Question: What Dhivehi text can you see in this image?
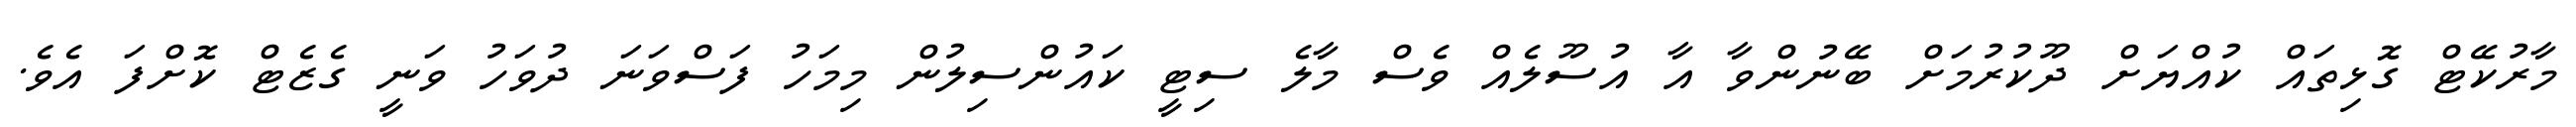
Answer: މާރުކޭޓް ގޮޅިތައް ކުއްޔަށް ދޫކުރުމަށް ބޭނުންވާ އާ އުސޫލެއް ވެސް މާލެ ސިޓީ ކައުންސިލުން މިމަހު ފަސްވަނަ ދުވަހު ވަނީ ގެޒެޓް ކޮށްފަ އެވެ.